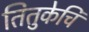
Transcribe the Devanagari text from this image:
तितुकेचि